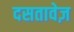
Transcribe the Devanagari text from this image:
दसतावेज़